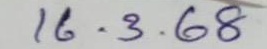
16 - 3 - 68